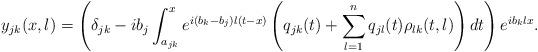
LaTeX: \begin{align*} y_{jk}(x,\l) = \left(\delta_{jk}-i b_j \int_{a_{jk}}^x e^{i (b_k-b_j) \l (t-x)}\left(q_{jk}(t) +\sum_{l=1}^n q_{jl}(t)\rho_{lk}(t,\l)\right)dt\right)e^{i b_k \l x}.\end{align*}